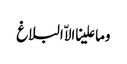
وما علینا الاّ البلاغ